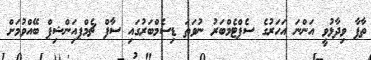
ތާޕާ ވިދާޅުވީ އަންނަ އަހަރުގެ ސެޕްޓެމްބަރު ނުވަތަ ޑިސެމްބަރުގައި ސާފް ޗެމްޕއިަންޝިޕް ބޭއްވުމަށް